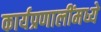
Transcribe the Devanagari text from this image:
कार्यप्रणालींमध्ये